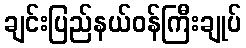
ချင်းပြည်နယ်ဝန်ကြီးချုပ်